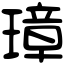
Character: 璋